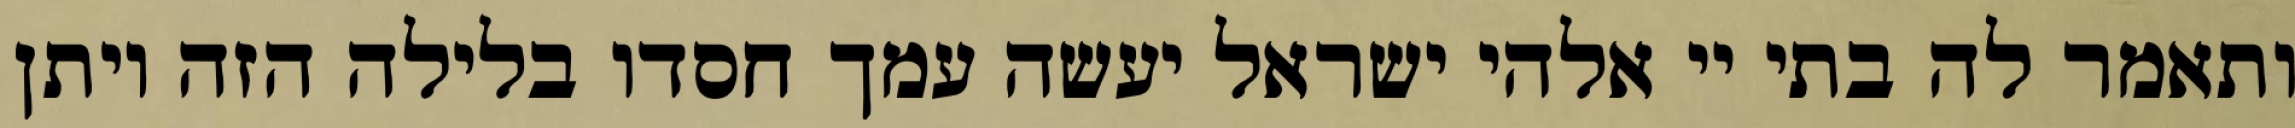
ותאמר לה בתי יי אלהי ישראל יעשה עמך חסדו בלילה הזה ויתן